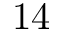
1 4